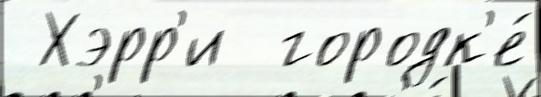
 Хэрр'и  городк'е́